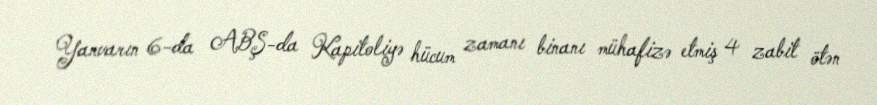
Yanvarın 6-da ABŞ-da Kapitoliyə hücum zamanı binanı mühafizə etmiş 4 zabit ötən